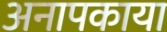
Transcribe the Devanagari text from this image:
अनापकाया